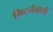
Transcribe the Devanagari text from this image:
मिटनेवाली